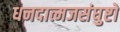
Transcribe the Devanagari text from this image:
धनदात्मजसंघुष्टो